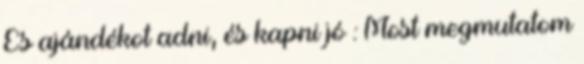
És ajándékot adni, és kapni jó : Most megmutatom